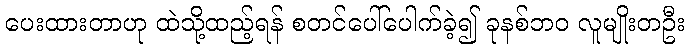
ပေးထားတာဟု ထဲသို့ထည့်ရန် စတင်ပေါ်ပေါက်ခဲ့၍ ခုနစ်ဘ၀ လူမျိုးတဦး